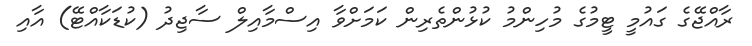
ރާއްޖޭގެ ގައުމީ ޓީމުގެ މުހިންމު ކުޅުންތެރިން ކަމަށްވާ އިސްމާއިލް ސާޖިދު (ކުޑަކާއްޓޭ) އާއި